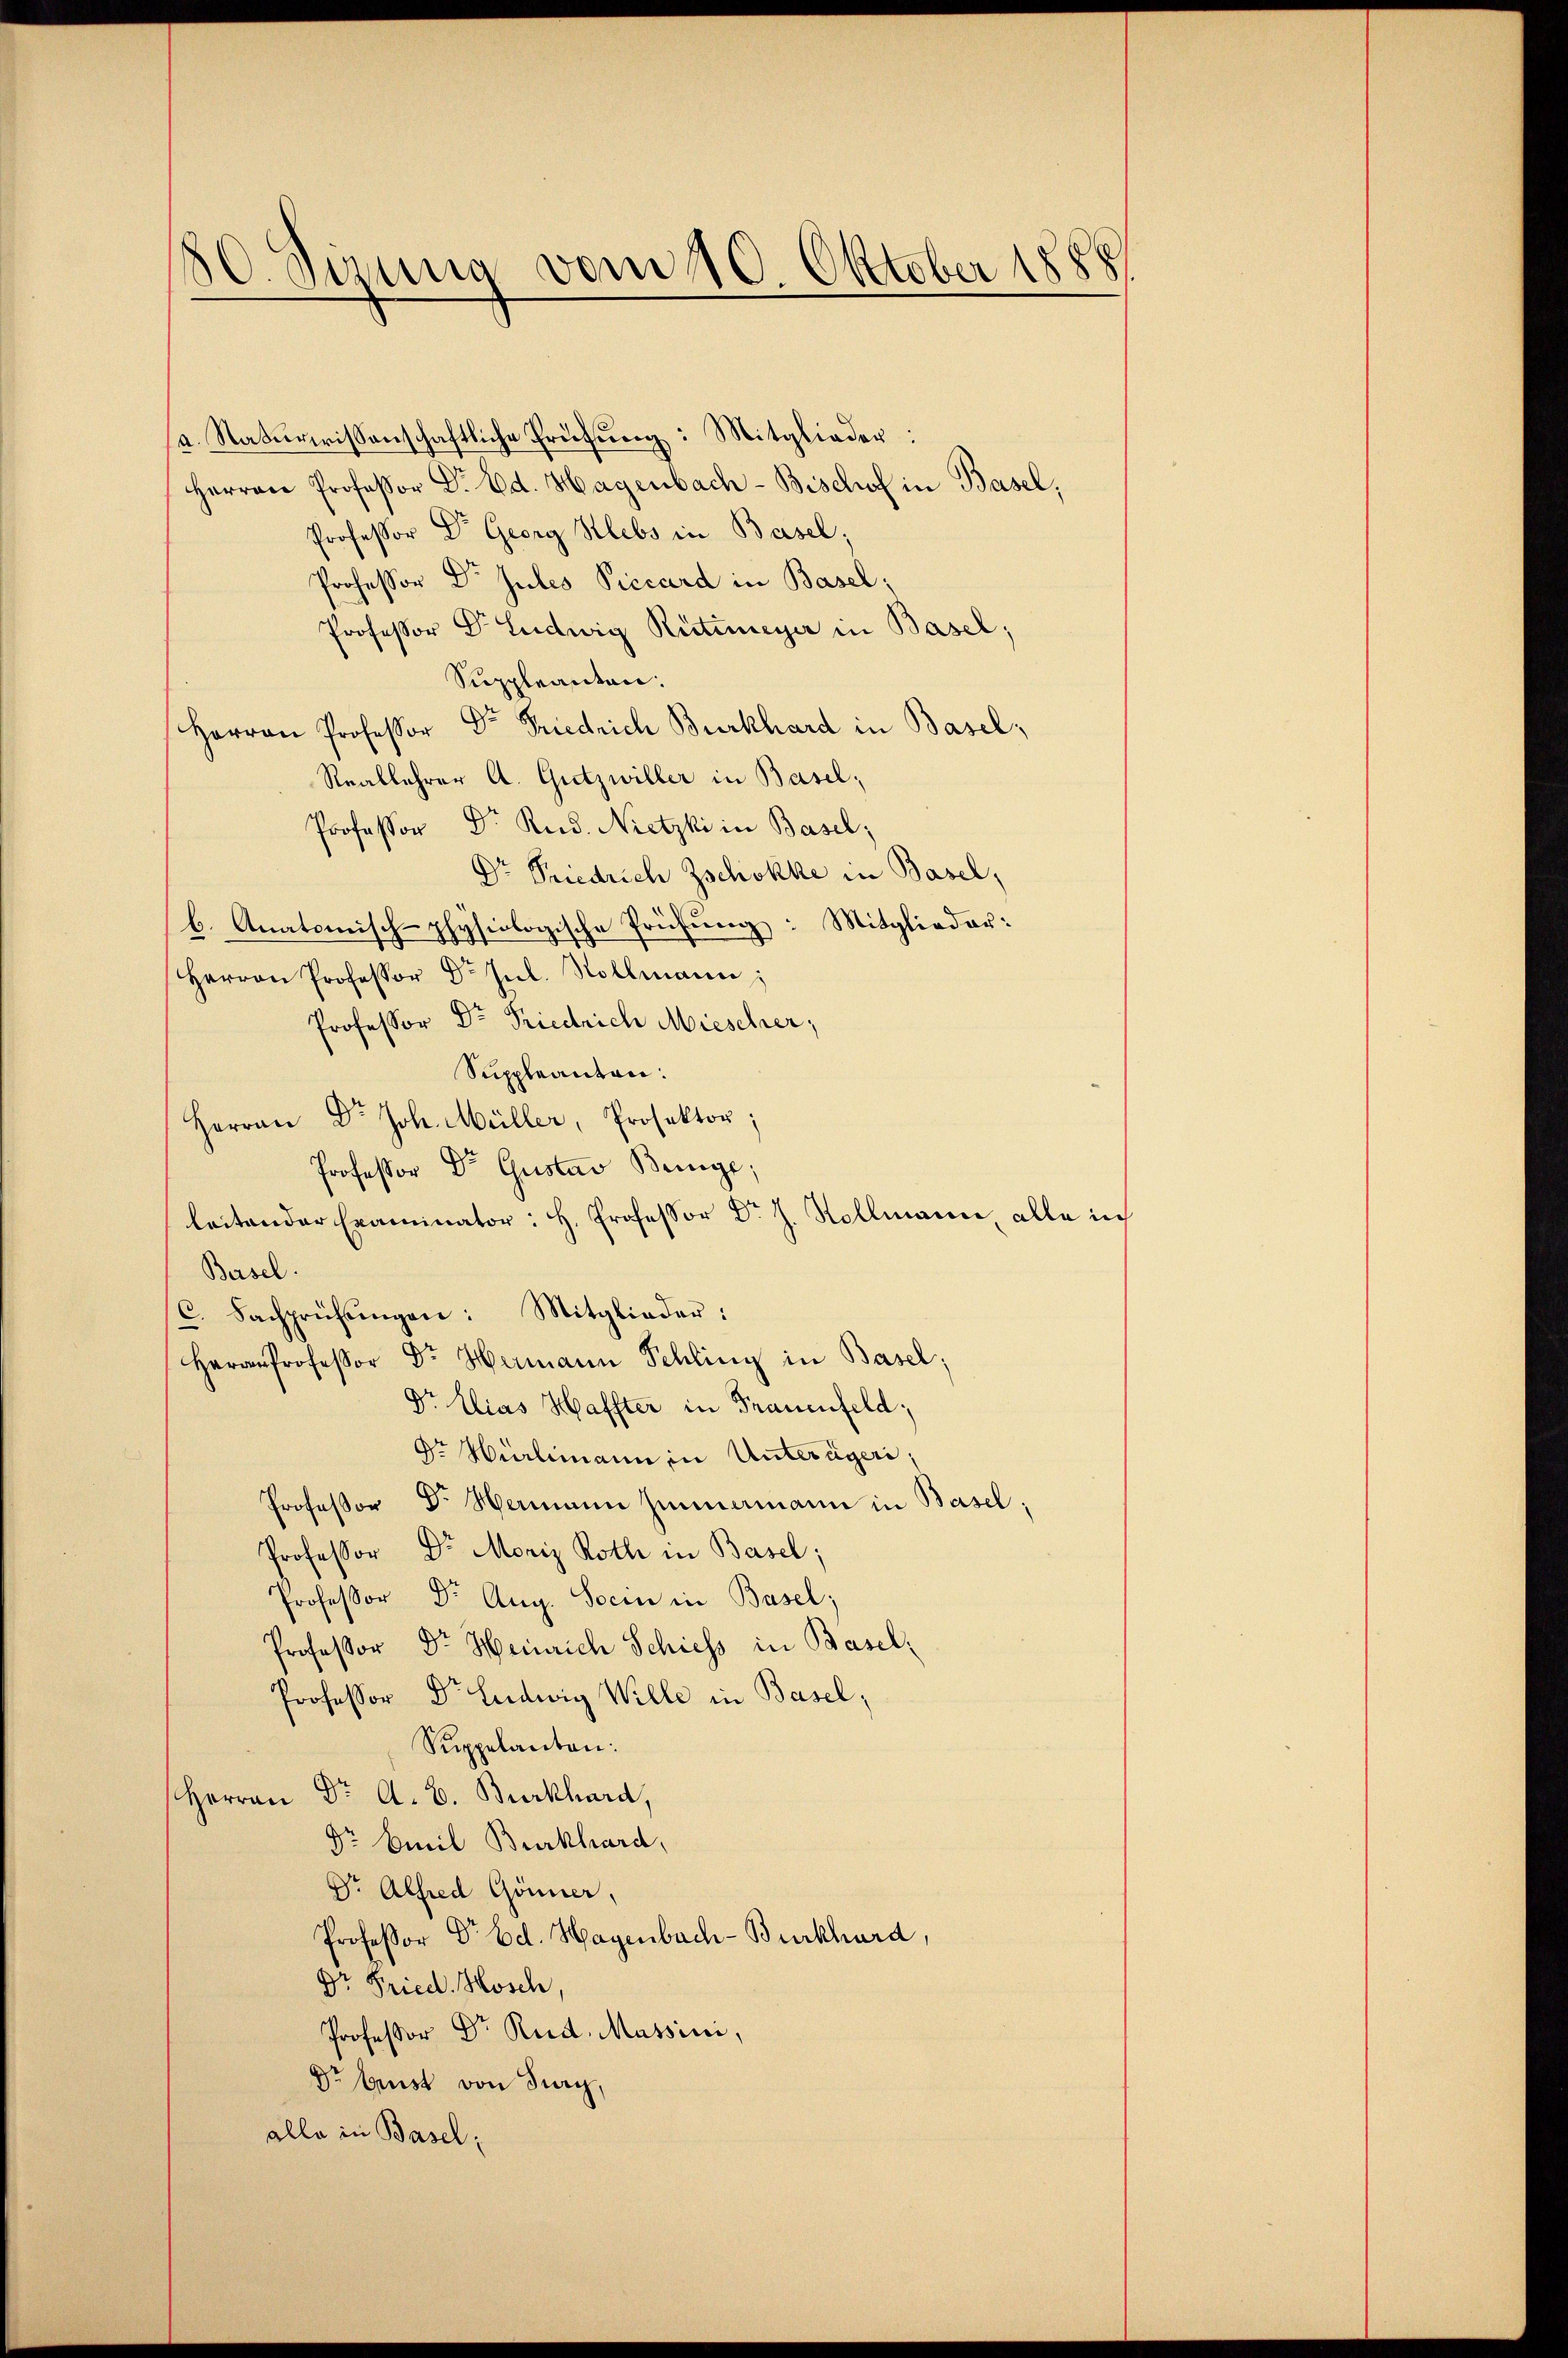
80 Sönung vom 10. Oktober 1888

a. Naturwissenschaftliche Prüfung: Mitglieder:
Herrn Professor Dr. Ed. Hagenbach- Bischof in Basel,
Professor Dr. Georg Klebs in Basel,
Professor Dr Julio Viccard in Basel;
Professor Dr. Ludwig Rütimeyer in Basel;
Suppleanten:
Herrn Professor Dr Friedrich Burkhard in Basel¬
Reallehrer A. Gutzwiller in Basel,
Professor Dr. Rud. Nietzki in Basel;
Dr Friedrich Zschokke in Basel,
b. Anatomisch-physiologische Prüfung: Mitglieder:
Herrn Professor Dr. Jul. Vollmann;
Professor Dr Friedrich Miescher,
Suppleanten:
Herrn Dr. Joh. Müller, Projektor;
Professor Dr Gustav Beinge;
leitender Examinator: H. Professor Dr J. Rollmann, alle in
Basel.
C. Fachprüfŭngen: Mitglieder:
Herrn Professor Dr. Hermann Schling in Basel;
Dr. Elias Haffter in Frauenfeld;
Dr. Hürlimann in Unterägeri,
Professor Dr Hermann hinnamann in Basel;
Professor Dr. Moriz Roth in Basel;
Professor Dr. Aug. Sein in Basel;
Professor Dr. Heinrich Schiess in Basel,
Professor Dr. Ludwig Wille in Basel,
Suppelanton:
Herrn Dr. A. B. Burkhard,
Dr Emil Burkhard,
Dr. Alfred Gönner,
Professor Dr. Ed. Hagenbach-Burkhard,
Dr Fried Hosch,
Professor Dr. Rud. Massini,
Dr Gunst von Frey,
alle in Basel;